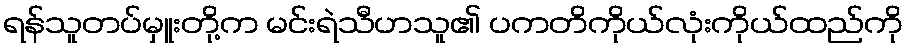
ရန်သူတပ်မှူးတို့က မင်းရဲသီဟသူ၏ ပကတိကိုယ်လုံးကိုယ်ထည်ကို